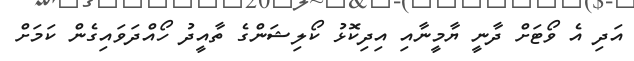
އަދި އެ ވޯޓަށް ދާނީ ޔާމީނާއި އިދިކޮޅު ކޯލިޝަންގެ ތާއީދު ހޯއްދަވައިގެން ކަމަށް